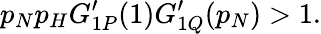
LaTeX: p_{N}p_{H}G_{1P}^{\prime}(1)G_{1Q}^{\prime}(p_{N})>1.